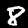
Digit: 8